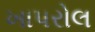
ખાપરોલ